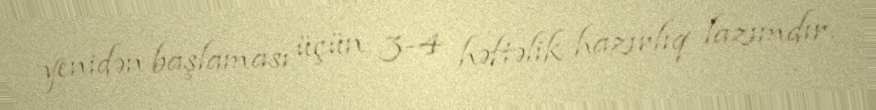
yenidən başlaması üçün 3-4 həftəlik hazırlıq lazımdır.